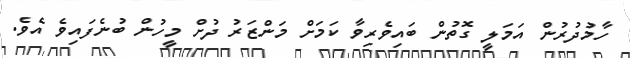
ހާމުދުރުން އަމަލީ ގޮތުން ބައިވެރިވާ ކަމަށް މަންޒަރު ދުށް މީހުން ބުނެފައިވެ އެވެ.